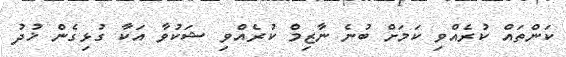
ކަންތައް ކުރެއްވި ކަމަށް ބުނެ ނާޒިމް ކުރެއްވި ޝަކުވާ އަކާ ގުޅިގެން ޚުދު